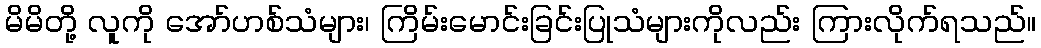
မိမိတို့ လူကို အော်ဟစ်သံများ၊ ကြိမ်းမောင်းခြင်းပြုသံများကိုလည်း ကြားလိုက်ရသည်။